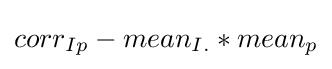
corr_{Ip}-mean_{I.}*mean_{p}